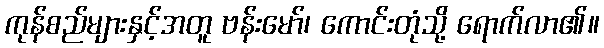
ကုန်စည်များနှင့်အတူ ဗန်းမော်၊ ကောင်းတုံသို့ ရောက်လာ၏။